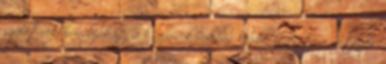
születnek, bundájukat 2-5 napos korukban kezdik elveszteni, a teljes